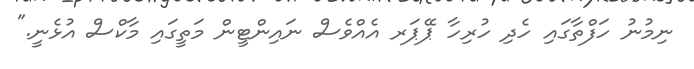
ނިމުނު ހަފްތާގައި ހެދި ހުރިހާ ޕޭޕަރ އެއްވެސް ނައިންޓީން މަތީގައި މާކްސް އުޅެނީ."